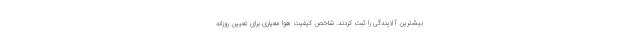
بیشترین آلایندگی را ثبت کردند. شاخص کیفیت هوا معیاری برای تعیین روزانه